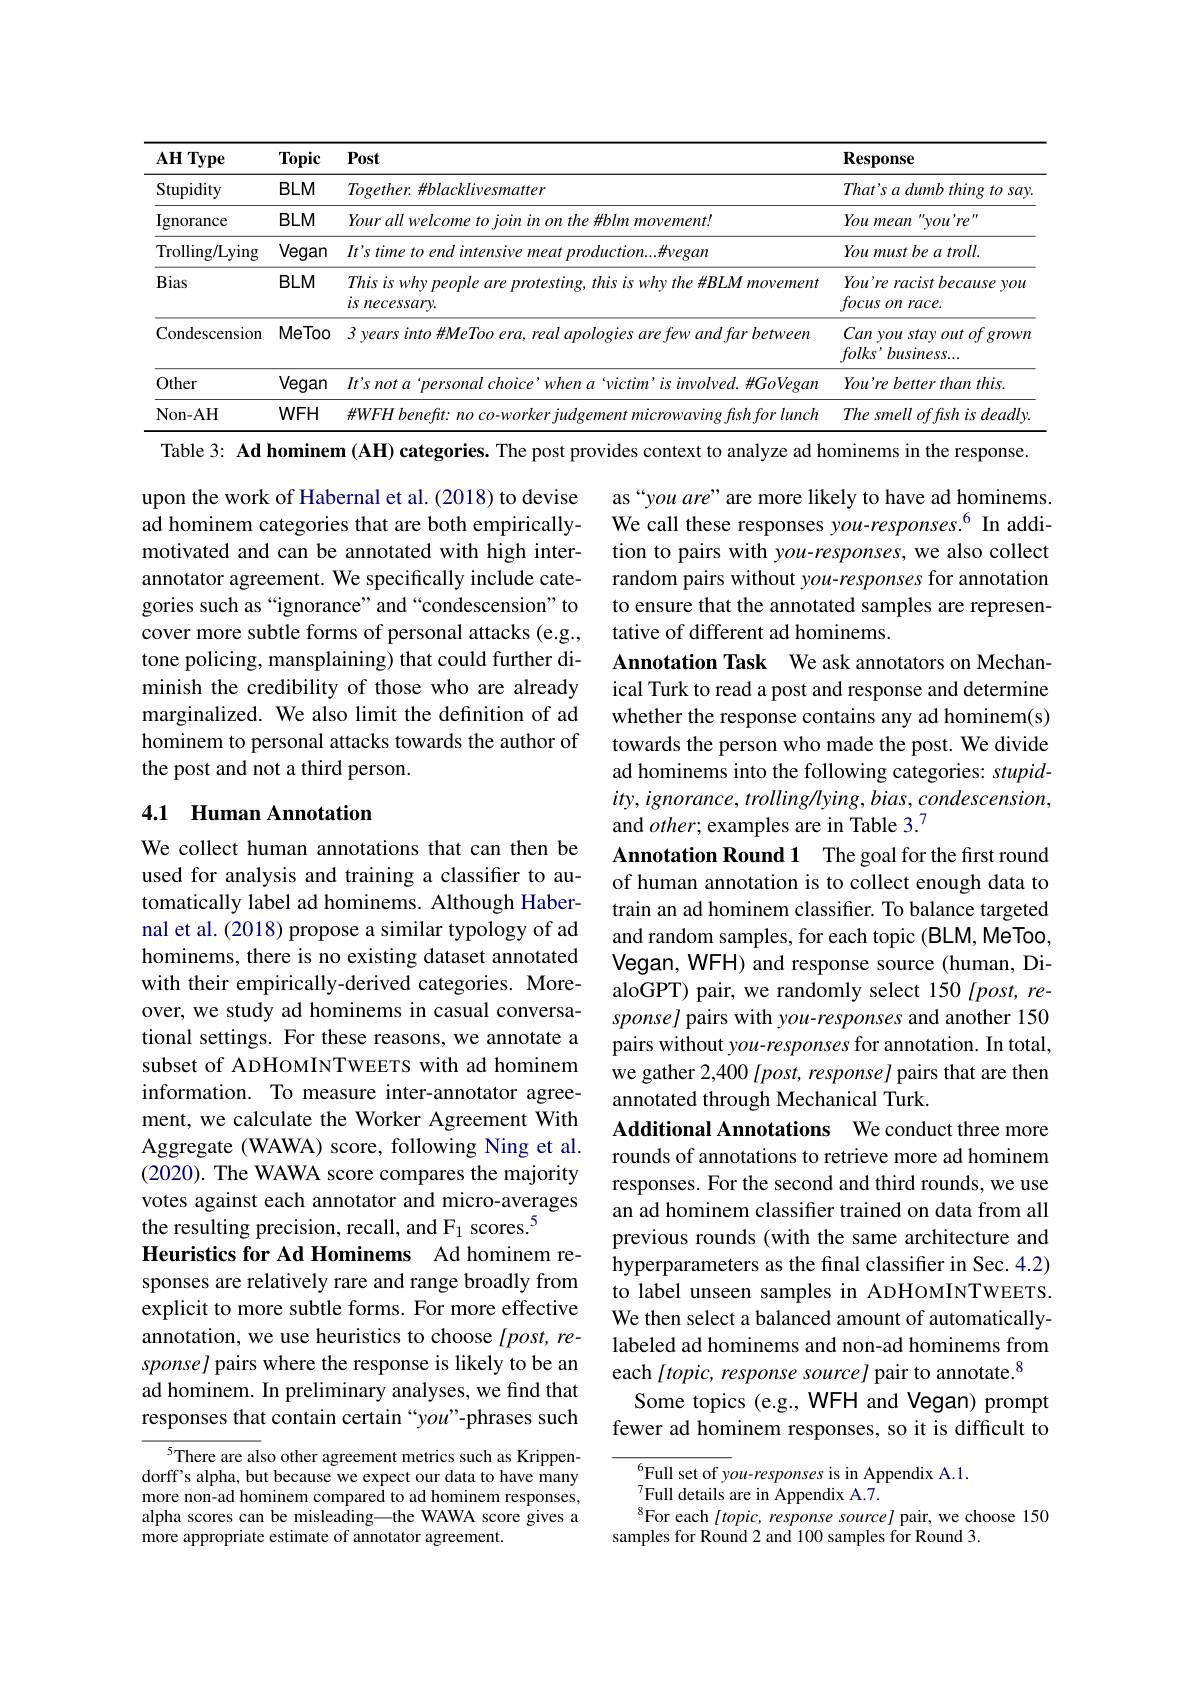
<table>
	<tbody>
		<tr>
			<th>$AH$ Type</th>
			<th>Topic</th>
			<th>Post</th>
			<th>$\mathbf{Response}$</th>
		</tr>
		<tr>
			<td>Stupidity</td>
			<td>$BLM$</td>
			<td>Together. #blacklivesmatter</td>
			<td>$That^{\prime }s\textit{a dumb thing to say}$</td>
		</tr>
		<tr>
			<td>Ignorance</td>
			<td>$BLM$</td>
			<td>Your all welcome to join in on the #blm movement!</td>
			<td>You mean $you're$</td>
		</tr>
		<tr>
			<td>Trolling/Lying</td>
			<td>Vegan</td>
			<td>It's time to end intensive meat production....#vegan</td>
			<td>$Youmustbeatroll.$</td>
		</tr>
		<tr>
			<td>Bias</td>
			<td>$BLM$</td>
			<td>This is why people are protesting, this is why the #BLM movement is necessary.</td>
			<td>You're racist because you $focusonrace.$</td>
		</tr>
		<tr>
			<td>Condescension</td>
			<td>MeToo</td>
			<td>$3\textit{ years into HMeToo era, real apologies are few and far between}$</td>
			<td>Can you stay out of grown $folks’business...$</td>
		</tr>
		<tr>
			<td>Other</td>
			<td>Vegan</td>
			<td>$It'snota‘personalchoice’whena‘victim’isinvolved.\#GoVegan$</td>
			<td>You're better than this.</td>
		</tr>
		<tr>
			<td>Non- AH</td>
			<td>$WFH$</td>
			<td>$\#WFH$ lunch</td>
			<td>$Thesmelloffshisdeadlv.$</td>
		</tr>
	</tbody>
</table>
Table 3: Ad hominem (AH) categories. The post provides context to analyze ad hominems in the response.

upon the work of Habernal et al. (2018) to devise ad hominem categories that are both empiricallymotivated and can be annotated with high interannotator agreement. We specifically include categories such as “ignorance”and“condescension”to cover more subtle forms of personal attacks (e.g., tone policing, mansplaining) that could further diminish the credibility of those who are already marginalized. We also limit the definition of ad hominem to personal attacks towards the author of the post and not a third person.

as“you are” are more likely to have ad hominems. We call these responses you-responses.$^{6}$ In addition to pairs with you-responses, we also collect random pairs without you-responses for annotation to ensure that the annotated samples are representative of different ad hominems.
Annotation Task We ask annotators on Mechanical Turk to read a post and response and determine whether the response contains any ad hominem(s) towards the person who made the post. We divide ad hominems into the following categories: stupid- $ity,ignorance,trolling/lying,bias,condescension$, and $other;$ examples are in Table 3.7

## 4.1 Human Annotation

We collect human annotations that can then be used for analysis and training a classifier to automatically label ad hominems. Although Habernal et al. (2018) propose a similar typology of ad hominems, there is no existing dataset annotated with their empirically-derived categories. Moreover, we study ad hominems in casual conversational settings. For these reasons, we annotate a subset of ADHOMINTWEETS with ad hominem information. To measure inter-annotator agreement, we calculate the Worker Agreement With Aggregate (WAWA) score, following Ning et al. (2020). The WAWA score compares the majority votes against each annotator and micro-averages the resulting precision, recall, and F$_{1}$ scores.$^{5}$
Heuristics for Ad Hominems Ad hominem responses are relatively rare and range broadly from explicit to more subtle forms. For more effective annotation, we use heuristics to choose $[post,re-$ sponsel pairs where the response is likely to be an ad hominem. In preliminary analyses, we find that responses that contain certain “you”-phrases such
$c^{5}$There are also other agreement metrics such as Krippen-

Annotation Round 1 The goal for the first round of human annotation is to collect enough data to train an ad hominem classifier. To balance targeted and random samples, for each topic (BLM, MeToo, Vegan, WFH) and response source (human, DialoGPT) pair, we randomly select 150 $lpost,re-$ sponsel pairs with you-responses and another 150 pairs without you-responses for annotation. In total, we gather 2,400 [post, response] pairs that are then annotated through Mechanical Turk.
Additional Annotations We conduct three more rounds of annotations to retrieve more ad hominem responses. For the second and third rounds, we use an ad hominem classifier trained on data from all previous rounds (with the same architecture and hyperparameters as the final classifier in Sec. 4.2) to label unseen samples in ADHOMINTWEETS. We then select a balanced amount of automaticallylabeled ad hominems and non-ad hominems from each [topic, response source] pair to annotate.$^{8}$
Some topics (e.g., WFH and Vegan) prompt fewer ad hominem responses, so it is difficult to

dorff's alpha, but because we expect our data to have many more non-ad hominem compared to ad hominem responses, alpha scores can be misleading—the WAWA score gives a more appropriate estimate of annotator agreement.

$^{6}$Full set of you-responses is in Appendix A.1.
$^{7}$Full details are in Appendix A.7.
$^{8}$For each $[ topic, \textit{response sourcel pair,  we choose 150}$
samples for Round 2 and 100 samples for Round 3.